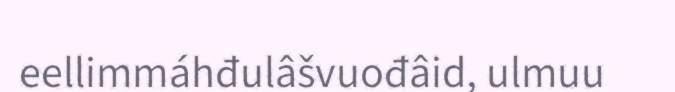
eellimmáhđulâšvuođâid, ulmuu